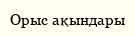
Орыс ақындары